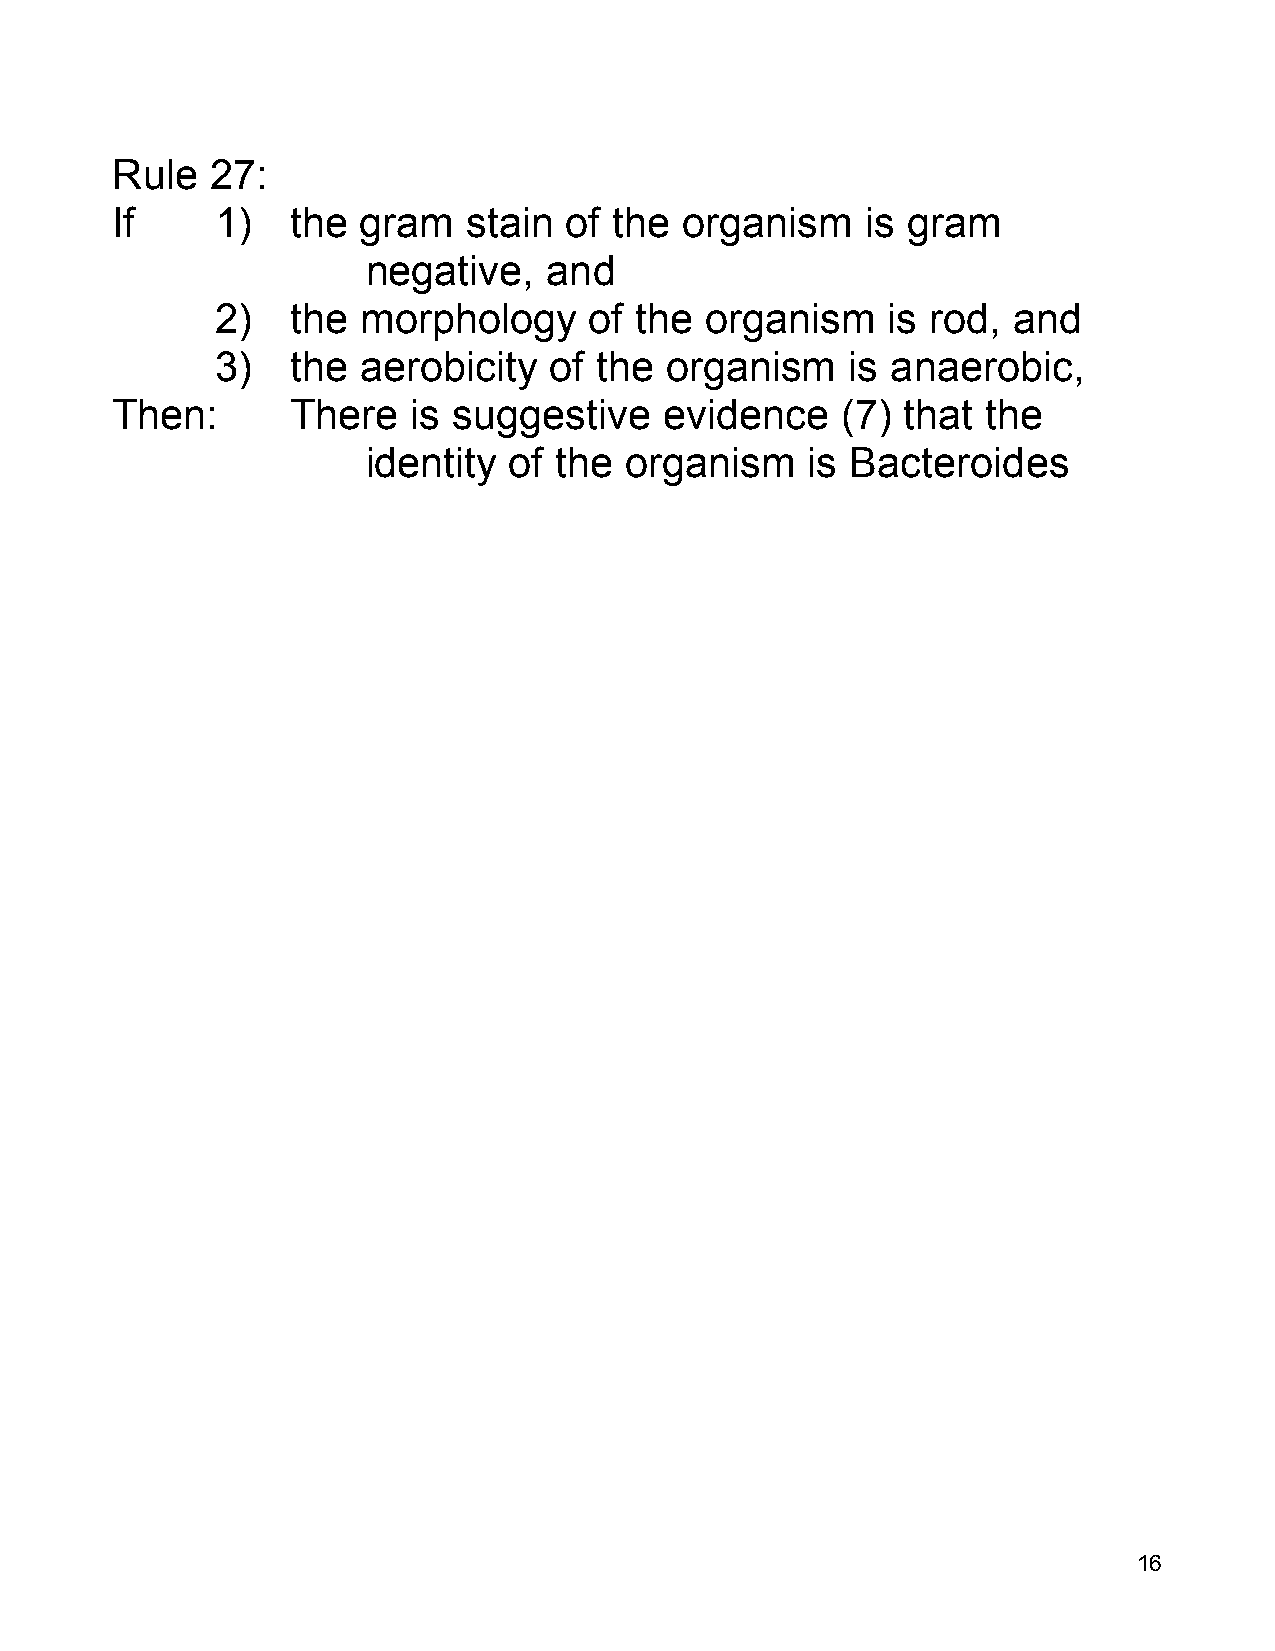
Rule   27:
 If     1)   the  gram   stain of  the organism    is gram
 negative,   and
 2)   the  morphology     of the  organism    is rod, and
 3)   the  aerobicity  of the  organism    is anaerobic,
 Then:       There   is suggestive    evidence    (7) that the
 identity  of the organism    is Bacteroides
 16